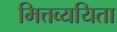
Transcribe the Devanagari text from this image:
मित्तव्ययिता